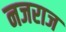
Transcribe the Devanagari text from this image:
नजराज